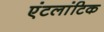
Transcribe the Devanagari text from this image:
एंटलांटिक